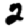
Digit: 2